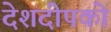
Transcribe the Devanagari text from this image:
देशदीपको